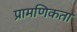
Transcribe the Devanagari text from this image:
प्रामणिकता